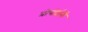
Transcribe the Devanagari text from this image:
प्रोपोर्शनी